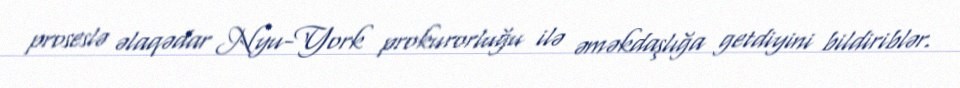
proseslə əlaqədar Nyu-York prokurorluğu ilə əməkdaşlığa getdiyini bildiriblər.